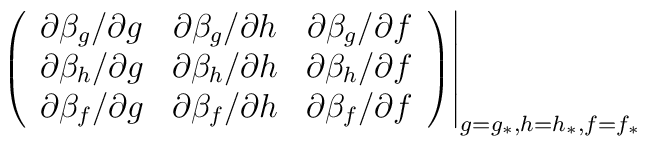
\left.\left(  \begin{array}{ccc}\partial\beta_g/\partial g & \partial \beta_g /\partial h                                 & \partial \beta_g /\partial f \\\partial\beta_h/\partial g & \partial \beta_h /\partial h                                 & \partial \beta_h /\partial f \\\partial\beta_f/\partial g & \partial \beta_f /\partial h                                 & \partial \beta_f /\partial f \\  \end{array}\right)\right|_{g=g_\ast,h=h_\ast,f=f_\ast}